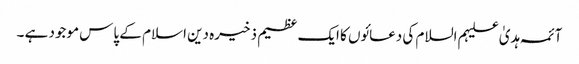
آئمہ ہدیٰ علیہم السلام کی دعائوں کا ایک عظیم ذخیرہ دین اسلام کے پاس موجود ہے ۔